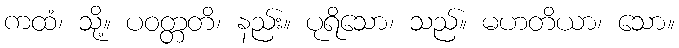
ကထံ၊ သို့။ ပဝတ္တတိ၊ နည်း။ ပုရိသော၊ သည်။ မဟတိယာ၊ သော။